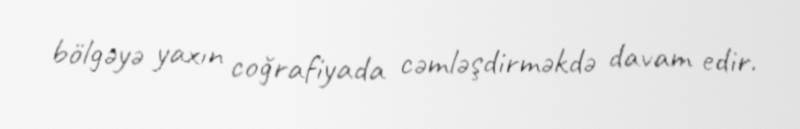
bölgəyə yaxın coğrafiyada cəmləşdirməkdə davam edir.